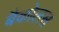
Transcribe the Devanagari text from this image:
बैकोलस